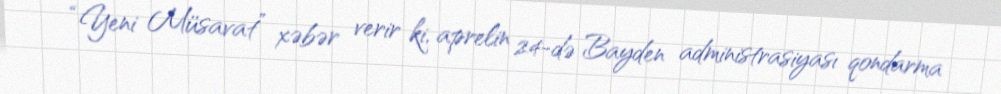
“Yeni Müsavat” xəbər verir ki, aprelin 24-də Bayden administrasiyası qondarma